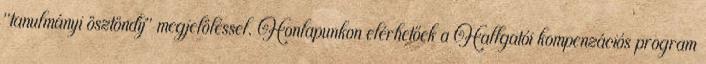
"tanulmányi ösztöndíj" megjelöléssel. Honlapunkon elérhetőek a Hallgatói kompenzációs program